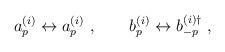
LaTeX: \begin{align*}a^{(i)}_p \leftrightarrow a^{(i)}_p \ , \qquad b^{(i)}_p \leftrightarrow b^{(i)\dagger}_{-p} \ ,\end{align*}